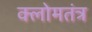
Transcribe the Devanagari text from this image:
क्लोमतंत्र